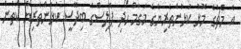
އެ މެޗުގެ މޮޅު ކުޅުންތެރިޔާގެ މަގާމް ހޯދި ޕޮލިސްގެ ބިދޭސީ ކުޅުންތެރިޔާ ކަތުން